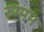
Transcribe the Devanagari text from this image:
रुम्मन